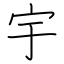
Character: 宇